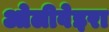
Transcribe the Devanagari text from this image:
ओलीवेइरा